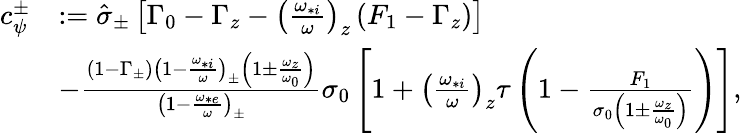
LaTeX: \begin{array}{rl}{c_{\psi}^{\pm}}&{:=\hat{\sigma}_{\pm}\left[\Gamma_{0}-\Gamma_{z}-\left(\frac{\omega_{*i}}{\omega}\right)_{z}\left(F_{1}-\Gamma_{z}\right)\right]}\\ &{-\frac{\left(1-\Gamma_{\pm}\right)\left(1-\frac{\omega_{*i}}{\omega}\right)_{\pm}\left(1\pm\frac{\omega_{z}}{\omega_{0}}\right)}{\left(1-\frac{\omega_{*e}}{\omega}\right)_{\pm}}\sigma_{0}\left[1+\left(\frac{\omega_{*i}}{\omega}\right)_{z}\tau\left(1-\frac{F_{1}}{\sigma_{0}\left(1\pm\frac{\omega_{z}}{\omega_{0}}\right)}\right)\right],}\end{array}